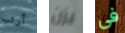
أرتب يزن في